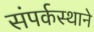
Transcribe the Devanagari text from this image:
संपर्कस्थाने